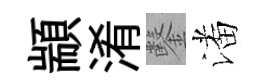
顓淆鑿潘